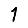
Digit: 1